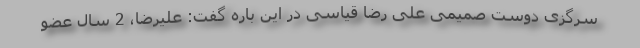
سرگزی دوست صمیمی علی رضا قیاسی در این باره گفت: علیرضا، 2 سال عضو